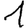
Digit: 1